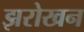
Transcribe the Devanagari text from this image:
झरोखन